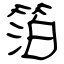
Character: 箔